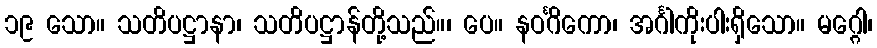
၁၉ သော။ သတိပဋ္ဌာနာ၊ သတိပဋ္ဌာန်တို့သည်။၊ ပေ။ နဝင်္ဂိကော၊ အင်္ဂါကိုးပါးရှိသော။ မဂ္ဂေါ၊